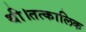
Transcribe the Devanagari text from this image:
थी।तत्कालिक